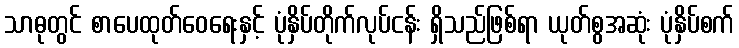
သာဓုတွင် စာပေထုတ်ဝေရေးနှင့် ပုံနှိပ်တိုက်လုပ်ငန်း ရှိသည်ဖြစ်ရာ ယုတ်စွအဆုံး ပုံနှိပ်စက်